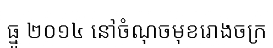
ធ្នូ ២០១៤ នៅចំណុចមុខរោងចក្រ